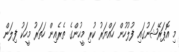
މި އޮޕަރޭޝަނުގައި ފުލުހުން ހައްޔަރު ކުރި މީހުންގެ ތެރެއިން ހަތަރު މީހަކު ފިލަން